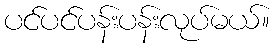
ပင်ပင်ပန်းပန်းလုပ်မယ်။